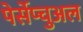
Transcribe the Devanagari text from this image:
पेर्सेप्चुअल